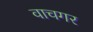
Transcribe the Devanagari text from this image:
वाचगर